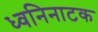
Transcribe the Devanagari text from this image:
ध्वनिनाटक